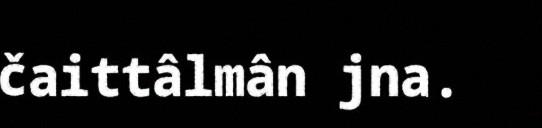
čaittâlmân jna.